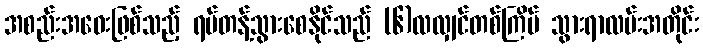
အစည်းအဝေးဖြစ်သည့် ရပ်တန့်သွားစေနိုင်သည် (၆)လလျှင်တစ်ကြိမ် သွားရာလမ်းအတိုင်း